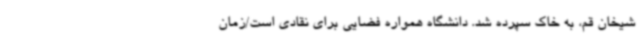
شیخان قم، به خاک سپرده شد. دانشگاه همواره فضایی برای نقادی است/زمان